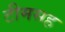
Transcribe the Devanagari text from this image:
टीमसह